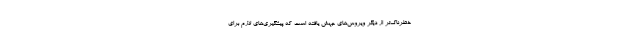
خطرناک‌تر از دیگر ویروس‌های جهش یافته است که پیشگیری‌های لازم برای